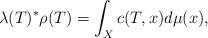
LaTeX: \begin{align*}\lambda(T)^*\rho(T)=\int_X c(T,x)d\mu(x),\end{align*}